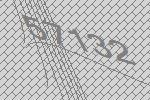
57132